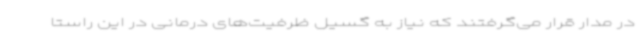
در مدار قرار می‌گرفتند که نیاز به گسیل ظرفیت‌های درمانی در این راستا